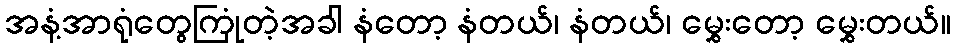
အနံ့အာရုံတွေကြုံတဲ့အခါ နံတော့ နံတယ်၊ နံတယ်၊ မွှေးတော့ မွှေးတယ်။